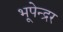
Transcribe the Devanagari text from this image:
भूपेन्‍द्रर